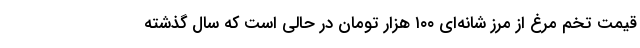
قیمت تخم مرغ از مرز شانه‌ای ۱۰۰ هزار تومان در حالی است که سال گذشته